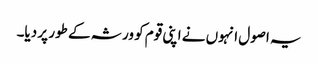
یہ اصول انہوں نے اپنی قوم کو ورثہ کے طور پر دیا۔